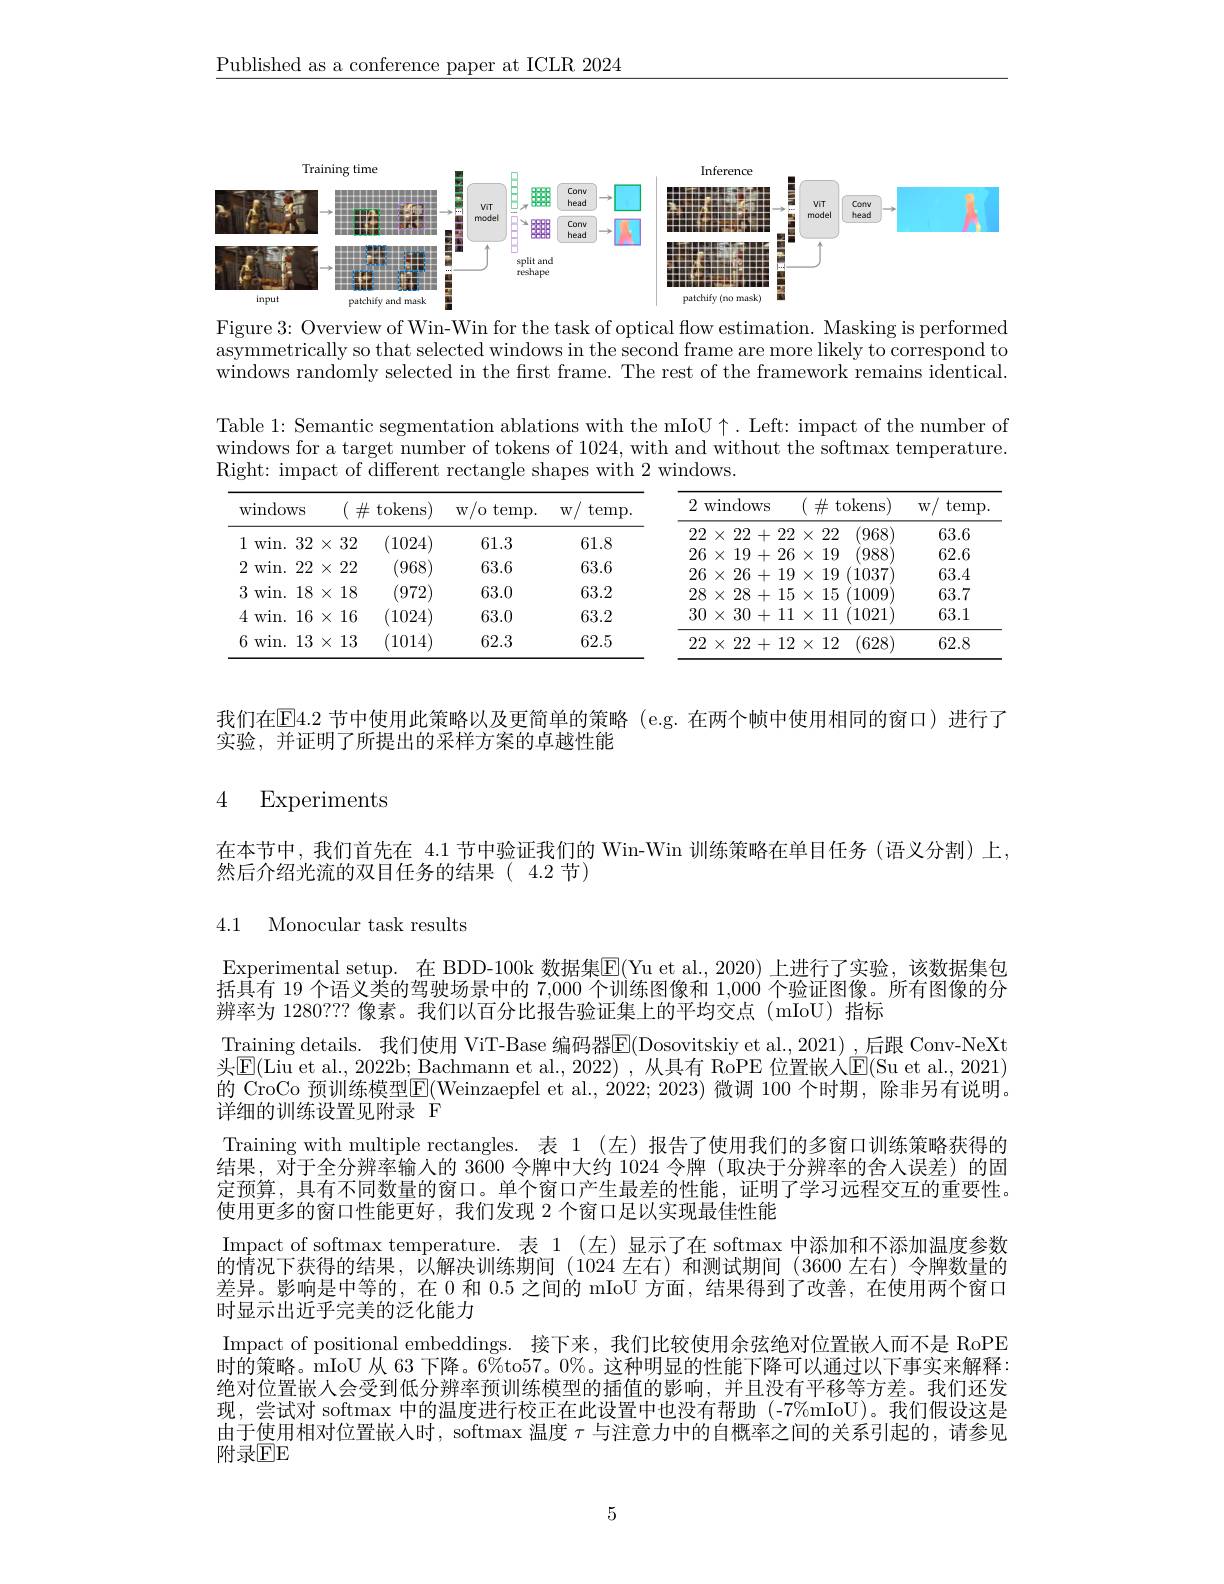
$\underline{\text{Published as a conference paper at ICLR 2024}}$

<FigureHere>

Figure 3: Overview of Win-Win for the task of optical flow estimation. Masking is performed asymmetrically so that selected windows in the second frame are more likely to correspond to windows randomly selected in the first frame. The rest of the framework remains identical.

Table 1: Semantic segmentation ablations with the mIoU $\uparrow.$ Left: impact of the number of windows for a target number of tokens of 1024, with and without the softmax temperature. Right: impact of different rectangle shapes with 2 windows.

<table>
	<tbody>
		<tr>
			<th>windows</th>
			<th>$\#$t.</th>
			<th>/0 $\operatorname{temp}.$ $W$</th>
			<th>$\operatorname{temp}.$ $W$</th>
			<th>2 $W$</th>
			<th>windows</th>
			<th>lows</th>
			<th>$\#$ tokens</th>
			<th>$W/$ $\operatorname{temp}$</th>
		</tr>
		<tr>
			<td>1</td>
			<td>2 20</td>
			<td>613</td>
			<td>618</td>
			<td>22</td>
			<td>$:\times$ 222 +</td>
			<td>222 + 22</td>
			<td>(968) $X$ 222</td>
			<td>63.6</td>
		</tr>
		<tr>
			<td>VVILL. 1</td>
			<td>tJL T</td>
			<td> </td>
			<td> </td>
			<td>26</td>
			<td>$i\times$ 19 +</td>
			<td>19+ 26</td>
			<td>(988) $X$ 19</td>
			<td>62.6</td>
		</tr>
		<tr>
			<td>2 $W1n.$</td>
			<td>222</td>
			<td>63.6</td>
			<td>63.6</td>
			<td>26</td>
			<td>26 $iX$ +</td>
			<td>26 19 +</td>
			<td>19 (1037 $X$</td>
			<td>63.4</td>
		</tr>
		<tr>
			<td>3 $win.$</td>
			<td>18</td>
			<td>63.0</td>
			<td>63.2</td>
			<td>28</td>
			<td>$X$ 28 +</td>
			<td>28 . 15 + </td>
			<td>15 1009 $X$</td>
			<td>63.7</td>
		</tr>
		<tr>
			<td>4 win. </td>
			<td>16</td>
			<td>63.0</td>
			<td>63.2</td>
			<td>30</td>
			<td>30+ $X$ </td>
			<td>30 111 +</td>
			<td>11 (1021) $X$</td>
			<td>63.1</td>
		</tr>
		<tr>
			<td>6 win. </td>
			<td>13</td>
			<td>62.3</td>
			<td>62.5</td>
			<td>22</td>
			<td>222 +</td>
			<td>22 12 + -</td>
			<td>12 (628) $X$</td>
			<td>62.8</td>
		</tr>
	</tbody>
</table>

我们在$\mathbb{E}$4.2 节中使用此策略以及更简单的策略 (e.g.在两个帧中使用相同的窗口)进行了
实验，并证明了所提出的采样方案的卓越性能

### 4 Experiments

在本节中，我们首先在 4.1 节中验证我们的 Win-Win 训练策略在单目任务 (语义分割)上，
然后介绍光流的双目任务的结果(4.2节)

## 4.1 Monocular task results

Experimental setup. 在 BDD-100k 数据集$\overline{\mathrm{E}}($Yu et al.,2020)上进行了实验，该数据集包$\bar{\text{括具有 19 个语义类的驾驶场景中的 7,000 个训练图像和 }1,000\text{ 个验证图像。所有图像的分}}$ 辨率为 1280??? 像素。我们以百分比报告验证集上的平均交点 (mIoU) 指标
Training details. 我们使用 ViT-Base 编码器$\overline{\mathrm{E}}($Dosovitskiy et al.,2021) ,后跟 Conv-NeXt 头$\mathbb{E}($Liu et al., 2022b; Bachmann et al., 2022) , 从具有 RoPE 位置嵌入$\mathbb{E}($Su et al., 2021) 的 CroCo 预训练模型E(Weinzaepfel et al.,2022;2023) 微调 100 个时期，除非另有说明。详细的训练设置见附录 F
Training with multiple rectangles. 表 1 (左) 报告了使用我们的多窗口训练策略获得的结果，对于全分辨率输入的 3600 令牌中大约 1024 令牌 (取决于分辨率的舍人误差)的固定预算，具有不同数量的窗口。单个窗口产生最差的性能，证明了学习远程交互的重要性。使用更多的窗口性能更好，我们发现 2 个窗口足以实现最佳性能
Impact of softmax temperature. 表 1 (左)显示了在 softmax 中添加和不添加温度参数的情况下获得的结果，以解决训练期间(1024 左右)和测试期间(3600 左右)令牌数量的差异。影响是中等的，在 0 和0.5之间的 mIoU 方面，结果得到了改善，在使用两个窗口时显示出近乎完美的泛化能力
Impact of positional embeddings. 接下来，我们比较使用余弦绝对位置嵌人而不是 RoPE $\bar{\text{时的策略。mIoU 从 63 下降。6\%to}57}$。0%。这种明显的性能下降可以通过以下事实来解释： 绝对位置嵌人会受到低分辨率预训练模型的插值的影响，并且没有平移等方差。我们还发现，尝试对 softmax 中的温度进行校正在此设置中也没有帮助 (-7%mIoU)。我们假设这是由于使用相对位置嵌入时，softmax 温度$\tau$与注意力中的自概率之间的关系引起的，请参见$\bar{\text{附录}\mathrm{EE}}$

5